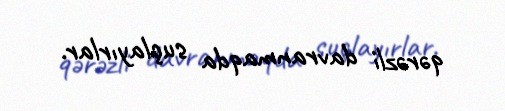
qərəzli davranmaqda suçlayırlar.